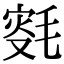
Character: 𣮯